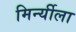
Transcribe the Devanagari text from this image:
मिर्न्यीला